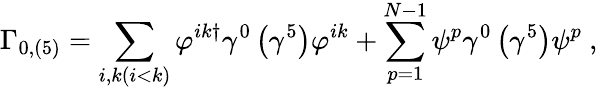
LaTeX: \Gamma_{0,\left(5\right)}=\sum_{i,k(i<k)}\varphi^{ik\dagger}\gamma^{0}\left(\gamma^{5}\right)\varphi^{ik}+\sum_{p=1}^{N-1}\psi^{p}\gamma^{0}\left(\gamma^{5}\right)\psi^{p}\ ,